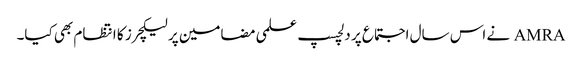
AMRA نے اس سال اجتماع پر دلچسپ علمی مضامین پر لیکچرز کا انتظام بھی کیا۔